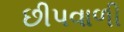
છીપવાળી